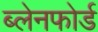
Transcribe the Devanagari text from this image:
ब्लेनफोर्ड